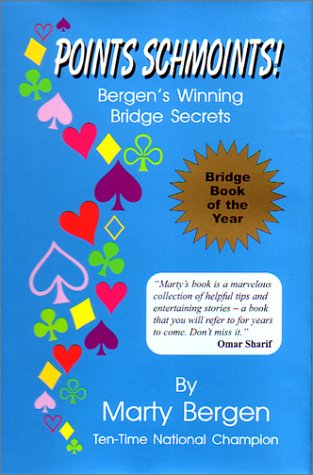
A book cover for Points Schmoints!: Bergen's Winning Bridge Secrets; Marty A. Bergen; Humor & Entertainment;